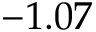
- 1 . 0 7